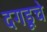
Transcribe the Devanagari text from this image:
दगडूचे